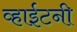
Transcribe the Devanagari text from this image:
व्हाईटनी